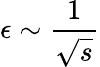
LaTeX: \epsilon\sim\frac{1}{\sqrt{s}}